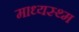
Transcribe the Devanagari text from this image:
माध्यस्थ्म